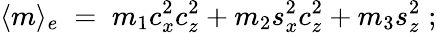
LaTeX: \langle m\rangle_{e}\; =\; m_{1}c_{x}^{2}c_{z}^{2}+m_{2}s_{x}^{2}c_{z}^{2}+m_{3}s_{z}^{2}\; ;